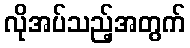
လိုအပ်သည့်အတွက်